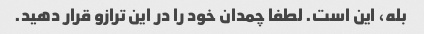
بله، این است. لطفا چمدان خود را در این ترازو قرار دهید.